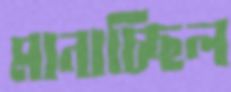
মানাচ্ছিল